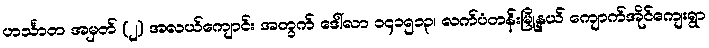
ဟင်္သာတ အမှတ် (၂) အလယ်ကျောင်း အတွက် ဒေါ်လာ ၁၄၁၅၁၃၊ လက်ပံတန်းမြို့နယ် ကျောက်အိုင်ကျေးရွာ